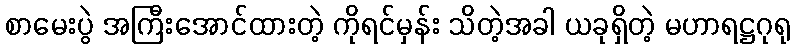
စာမေးပွဲ အကြီးအောင်ထားတဲ့ ကိုရင်မှန်း သိတဲ့အခါ ယခုရှိတဲ့ မဟာရဋ္ဌဂုရု